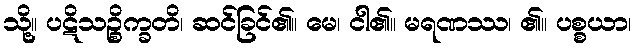
သို့။ ပဋိသဉ္စိက္ခတိ၊ ဆင်ခြင်၏။ မေ၊ ငါ၏။ မရဏဿ၊ ၏။ ပစ္စယာ၊